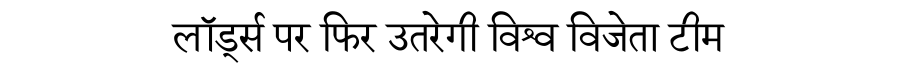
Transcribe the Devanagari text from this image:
लॉर्ड्स पर फिर उतरेगी विश्व विजेता टीम